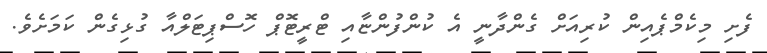
ފެށި މިކެމްޕެއިން ކުރިއަށް ގެންދާނީ އެ ކުންފުންޏާއި ޓްރީޓޮޕް ހޮސްޕިޓަލްއާ ގުޅިގެން ކަމަށެވެ.